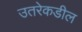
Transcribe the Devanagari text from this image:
उतरेकडील